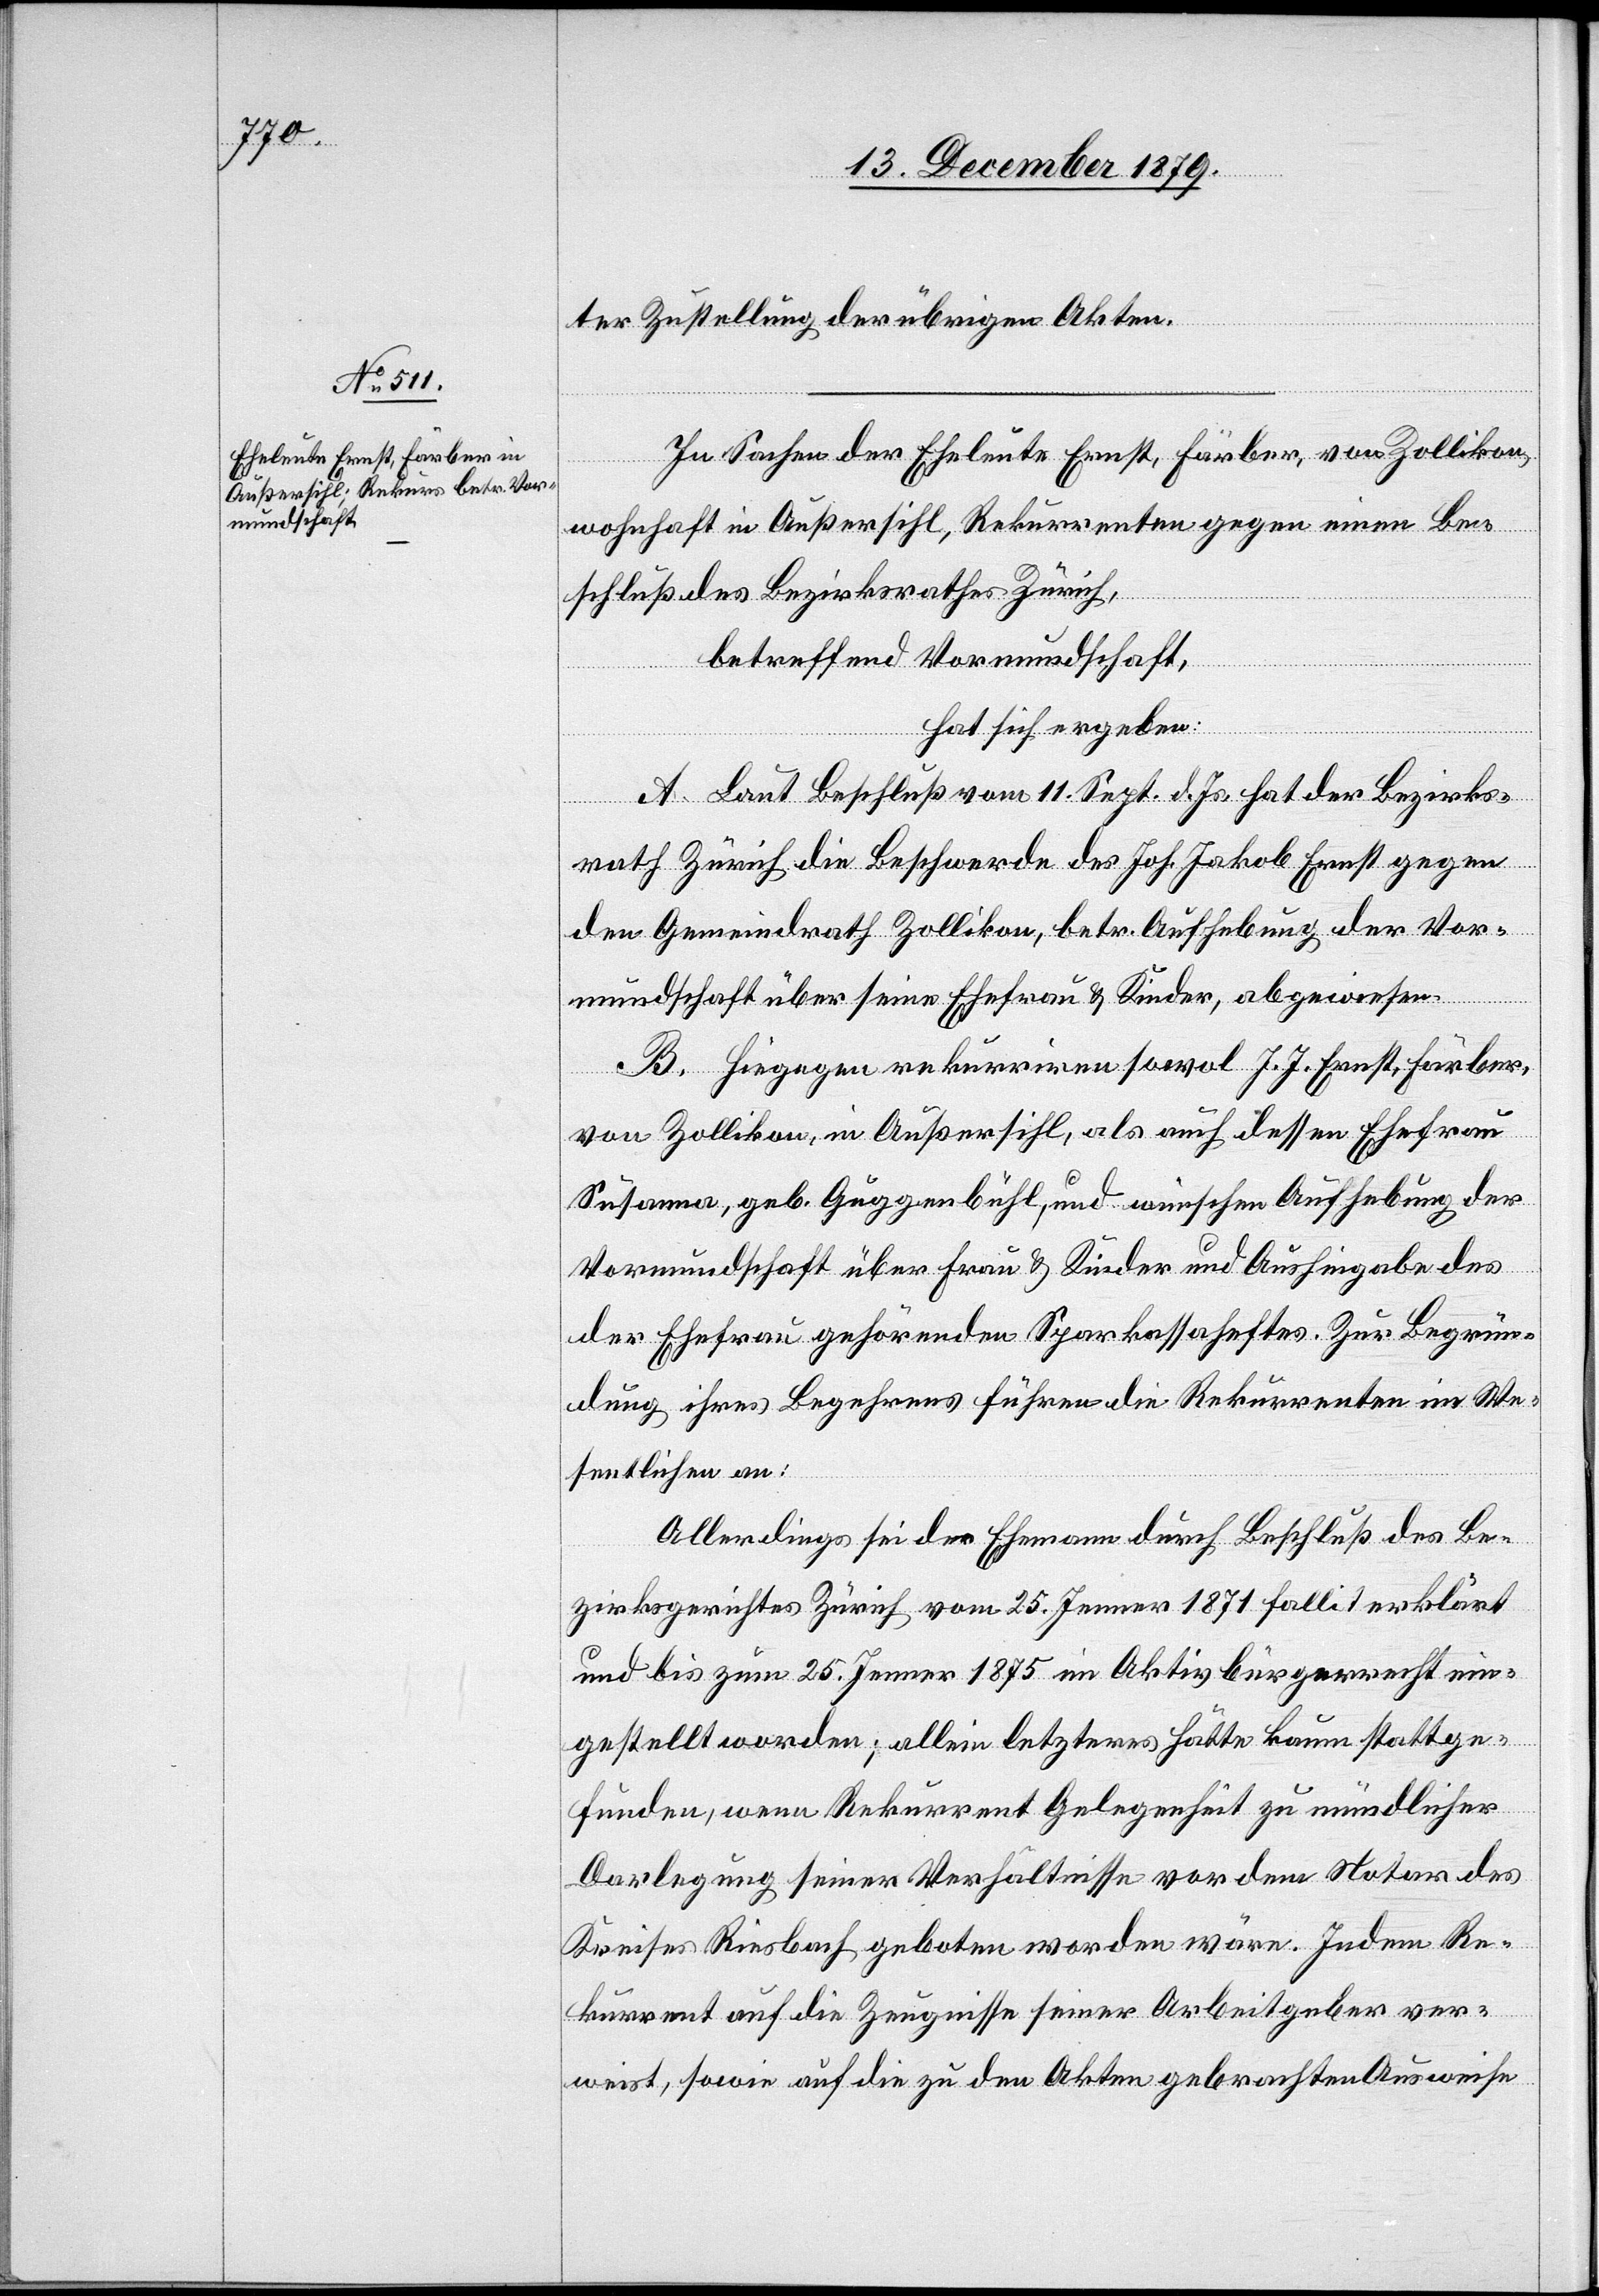
ter Zustellung der übrigen Akten.
In Sachen der Eheleute Ernst, Färber, von Zollikon,
wohnhaft in Außersihl, Rekurrenten gegen einen Be¬
schluß des Bezirksrathes Zürich,
betreffend Vormundschaft,
hat sich ergeben:
A. Laut Beschluß vom 11. Sept. d. Js. hat der Bezirks¬
rath Zürich die Beschwerde des Joh. Jakob Ernst gegen
den Gemeindrath Zollikon, betr. Aufhebung der Vor¬
mundschaft über seine Ehefrau & Kinder, abgewiesen.
B. Hiegegen rekurriren sowol J. J. Ernst, Färber,
von Zollikon, in Außersihl, als auch dessen Ehefrau
Susanna, geb. Guggenbühl, und wünschen Aufhebung der
Vormundschaft über Frau & Kinder und Aushingabe des
der Ehefrau gehörenden Sparkassaheftes. Zur Begrün¬
dung ihres Begehrens führen die Rekurrenten im We¬
sentlichen an:
Allerdings sei der Ehemann durch Beschluß des Be¬
zirksgerichtes Zürich vom 25. Jenner 1871 fallit erklärt
und bis zum 25. Jenner 1875 im Aktivbürgerrecht ein¬
gestellt worden; allein letzteres hätte kaum stattge¬
funden, wenn Rekurrent Gelegenheit zu mündlicher
Darlegung seiner Verhältnisse vor dem Notar des
Kreises Riesbach geboten worden wäre. Indem Re¬
kurrent auf die Zeugnisse seiner Arbeitgeber ver¬
weist, sowie auf die zu den Akten gebrachten Ausweise